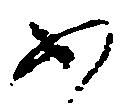
不